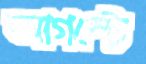
আগস্টে